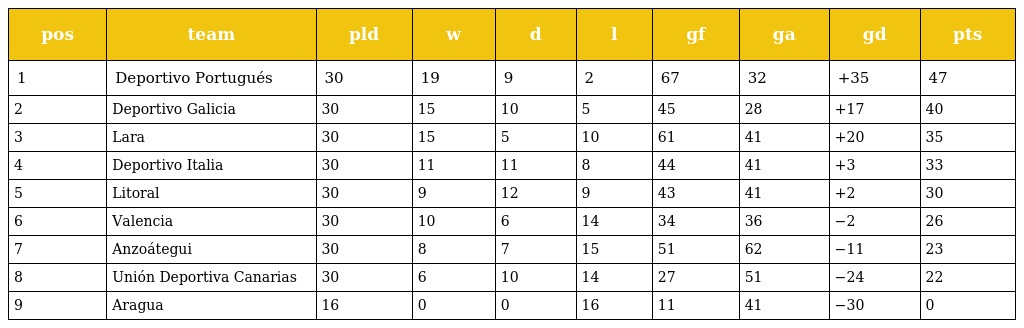
| pos | team | pld | w | d | l | gf | ga | gd | pts |
 | --- | --- | --- | --- | --- | --- | --- | --- | --- | --- |
 | 1 | Deportivo Portugués | 30 | 19 | 9 | 2 | 67 | 32 | +35 | 47 |
 | 2 | Deportivo Galicia | 30 | 15 | 10 | 5 | 45 | 28 | +17 | 40 |
 | 3 | Lara | 30 | 15 | 5 | 10 | 61 | 41 | +20 | 35 |
 | 4 | Deportivo Italia | 30 | 11 | 11 | 8 | 44 | 41 | +3 | 33 |
 | 5 | Litoral | 30 | 9 | 12 | 9 | 43 | 41 | +2 | 30 |
 | 6 | Valencia | 30 | 10 | 6 | 14 | 34 | 36 | −2 | 26 |
 | 7 | Anzoátegui | 30 | 8 | 7 | 15 | 51 | 62 | −11 | 23 |
 | 8 | Unión Deportiva Canarias | 30 | 6 | 10 | 14 | 27 | 51 | −24 | 22 |
 | 9 | Aragua | 16 | 0 | 0 | 16 | 11 | 41 | −30 | 0 |